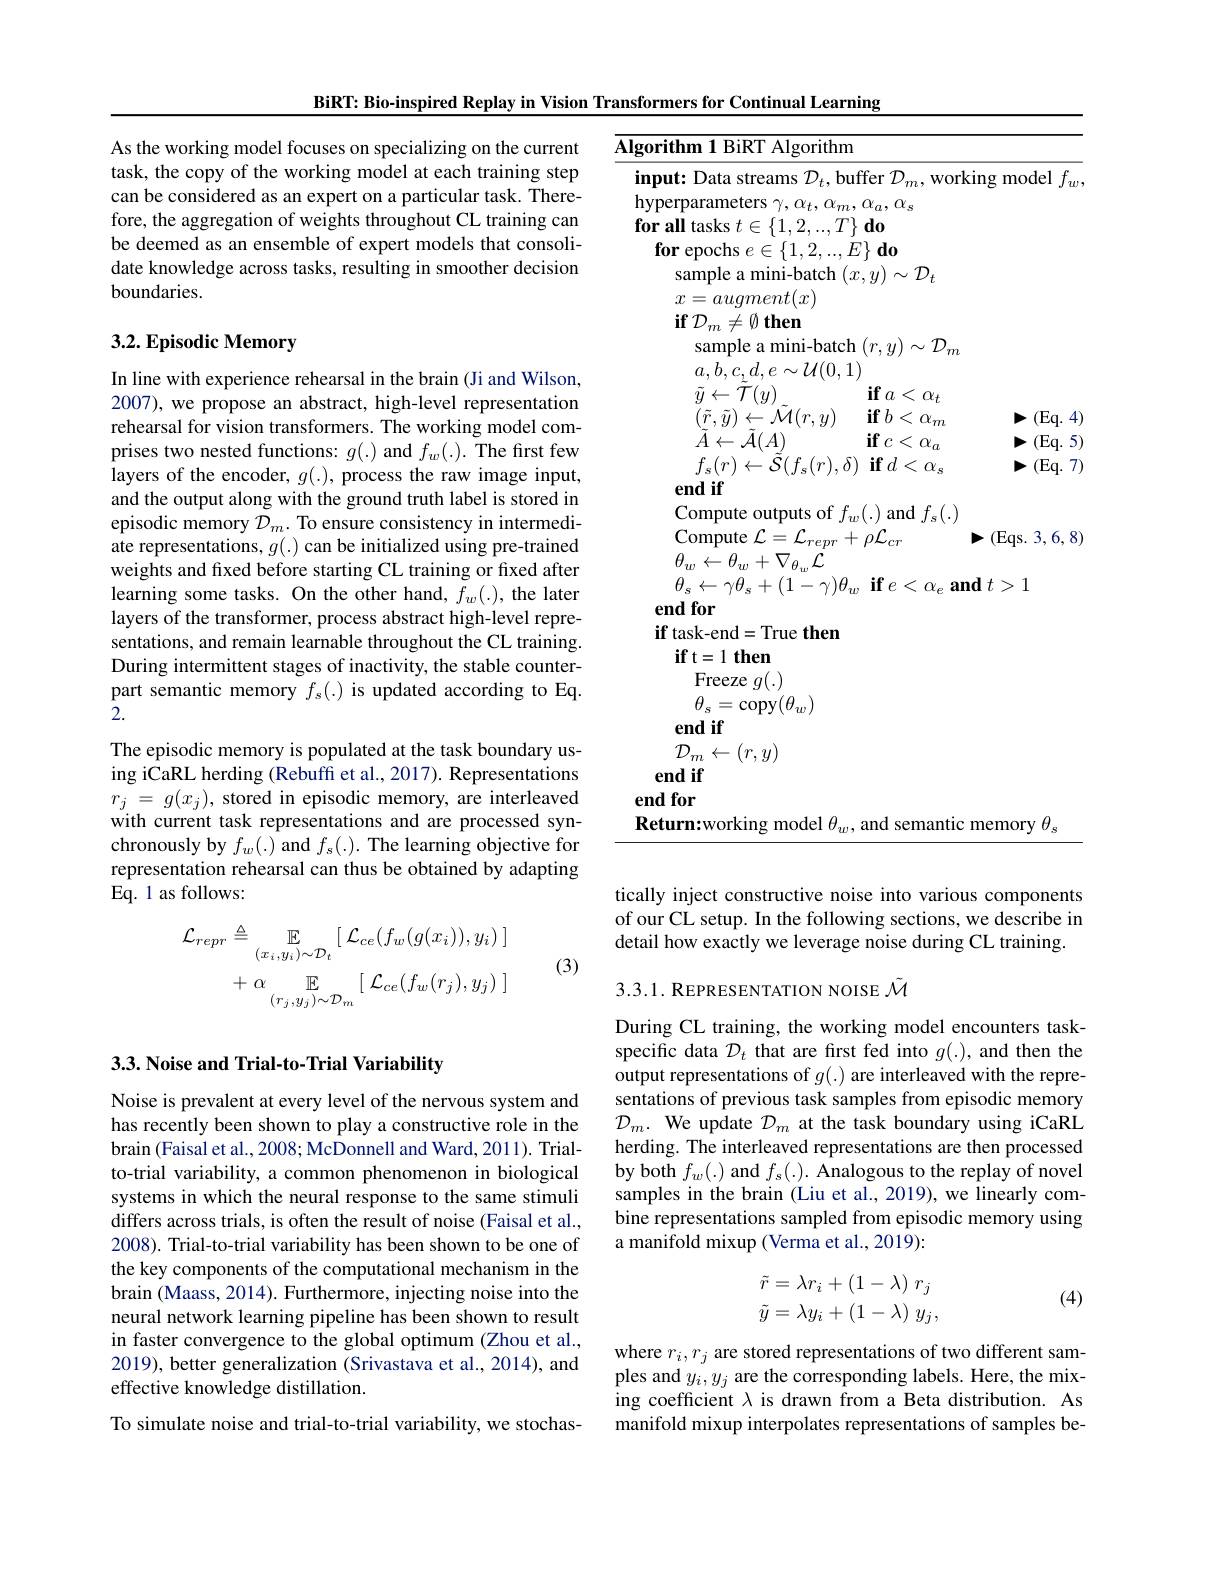
BiRT: Bio-inspired Replay in Vision Transformers for Continual Learning

Algorithm 1 BiRT Algorithm

input: Data streams $\mathcal{D}_t$,buffer $\mathcal{D}_m$,working model $f_w$,

${\mathrm{hyperparameters}}\gamma,\alpha_{t},\alpha_{m},\alpha_{a},\alpha_{s}$

As the working model focuses on specializing on the current task, the copy of the working model at each training step can be considered as an expert on a particular task. Therefore, the aggregation of weights throughout CL training can be deemed as an ensemble of expert models that consolidate knowledge across tasks, resulting in smoother decision boundaries.

for all tasks $t\in \{ 1, 2, . . . , T\} \textbf{do}$

$\textbf{for epochs }e\in \{ 1, 2, . . . , E\} \textbf{do}$

sample a mini-batch $(x,y)\sim\mathcal{D}_t$

$x=augment(x)$

$\textbf{if}{\mathcal{D} }_{m}\neq \emptyset$ then

# 3.2. Episodic Memory

sample a mini-batch $(r,y)\sim\mathcal{D}_m$

$a,b,c,d,e\sim\mathcal{U}(0,1)$

$\tilde{y} \leftarrow \tilde{\mathcal{T} } ( y)$ $\textbf{if}$ $a< \alpha _{t}$

$\textbf{if}b< \alpha _m$

$\mapsto ($Eq. 4)

$\bar{(}\tilde{r},\tilde{y})\leftarrow\tilde{\mathcal{M}}(r,y)$

$\textbf{if}c< \alpha _a$

$►(Eq.5)$

$\tilde{A}\leftarrow\tilde{\mathcal{A}}(A)$

$f_{s}( r) \leftarrow \overset {\rightharpoonup }{\operatorname* { \tilde{\mathcal{S} } } }( f_{s}( r) , \delta ) \textbf{if}d< \bar{\alpha _{s}}$

$\mapsto ($Eq. 7)

end if

$\begin{array}{l}{\mathrm{Compute~outputs~of~}f_{w}(.)\mathrm{~and~}f_{s}(.)}\\{\mathrm{Compute~}\mathcal{L}=\mathcal{L}_{repr}+\rho\mathcal{L}_{cr}}\end{array}$

$\mapsto($Eqs. 3,6,8)

$\theta_{w}\leftarrow\theta_{w}+\nabla_{\theta_{w}}\dot{\mathcal{L}}$

$\theta _s\leftarrow \gamma \theta _s+ ( 1- \gamma ) \theta _w\textbf{if}e< \alpha _e\textbf{and }t> 1$

In line with experience rehearsal in the brain (Ji and Wilson, 2007), we propose an abstract, high-level representation rehearsal for vision transformers. The working model comprises two nested functions: $g(.)$ and $f_w(.).$ The first few layers of the encoder, $g(.)$, process the raw image input, and the output along with the ground truth label is stored in episodic memory $\tilde{\mathcal{D}}_m.$ To ensure consistency in intermediate representations, $g(.)$ can be initialized using pre-trained weights and fixed before starting CL training or fixed after learning some tasks. On the other hand, $f_w(.)$, the later layers of the transformer, process abstract high-level representations, and remain learnable throughout the CL training. During intermittent stages of inactivity, the stable counterpart semantic memory $f_s(.)$ is updated according to Eq. $\bar{2}.$
The episodic memory is populated at the task boundary using iCaRL herding (Rebuffi et al., 2017). Representations $r_{j}=g(x_{j})$, stored in episodic memory, are interleaved with current task representations and are processed synchronously by $f_w(.)$ and $f_s(.).$ The learning objective for representation rehearsal can thus be obtained by adapting Eq. 1 as follows:

end for
$\textbf{if task- end}=$True then
$\textbf{ift}= 1\textbf{then}$ Freeze $g(.)$ $\theta_{s}=$copy$(\theta_w)$
end if
$\mathcal{D}_m\leftarrow(r,y)$
end if end for Return:working model $\theta_w$, and semantic memory $\theta_s$

tically inject constructive noise into various components of our CL setup. In the following sections, we describe in detail how exactly we leverage noise during CL training.
$$\begin{aligned}\mathcal{L}_{repr}&\triangleq\mathbb{E}_{(x_{i},y_{i})\sim\mathcal{D}_{t}}[\:\mathcal{L}_{ce}(f_{w}(g(x_{i})),y_{i})\:]\\&+\:\alpha\:\mathbb{E}_{(r_{j},y_{j})\sim\mathcal{D}_{m}}\:[\:\mathcal{L}_{ce}(f_{w}(r_{j}),y_{j})\:]\end{aligned}$$
(3)

3.3.1. REPRESENTATION NOISE $\tilde{\mathcal{M}}$

## 3.3. Noise and Trial-to-Trial Variability

During CL training, the working model encounters taskspecific data $\mathcal{D}_t$ that are first fed into $g(.)$, and then the output representations of $g(.)$ are interleaved with the representations of previous task samples from episodic memory $\mathcal{D}_m.$ We update $\mathcal{D}_m$ at the task boundary using iCaRL herding. The interleaved representations are then processed by both $f_w(.)$ and $f_s(.).$ Analogous to the replay of novel samples in the brain (Liu et al., 2019), we linearly combine representations sampled from episodic memory using a manifold mixup (Verma et al., 2019):

Noise is prevalent at every level of the nervous system and has recently been shown to play a constructive role in the brain (Faisal et al., 2008; McDonnell and Ward, 2011). Trialto-trial variability, a common phenomenon in biological systems in which the neural response to the same stimuli differs across trials, is often the result of noise (Faisal et al., 2008). Trial-to-trial variability has been shown to be one of the key components of the computational mechanism in the brain (Maass, 2014). Furthermore, injecting noise into the neural network learning pipeline has been shown to result in faster convergence to the global optimum (Zhou et al., 2019), better generalization (Srivastava et al., 2014), and effective knowledge distillation.
To simulate noise and trial-to-trial variability, we stochas-
$$\begin{aligned}\tilde{r}&=\lambda r_i+(1-\lambda)\:r_j\\\tilde{y}&=\lambda y_i+(1-\lambda)\:y_j,\end{aligned}$$
(4)

where $r_i,r_j$ are stored representations of two different samples and $y_i,y_j$ are the corresponding labels. Here, the mixing coefficient $\lambda$ is drawn from a Beta distribution. As manifold mixup interpolates representations of samples be-